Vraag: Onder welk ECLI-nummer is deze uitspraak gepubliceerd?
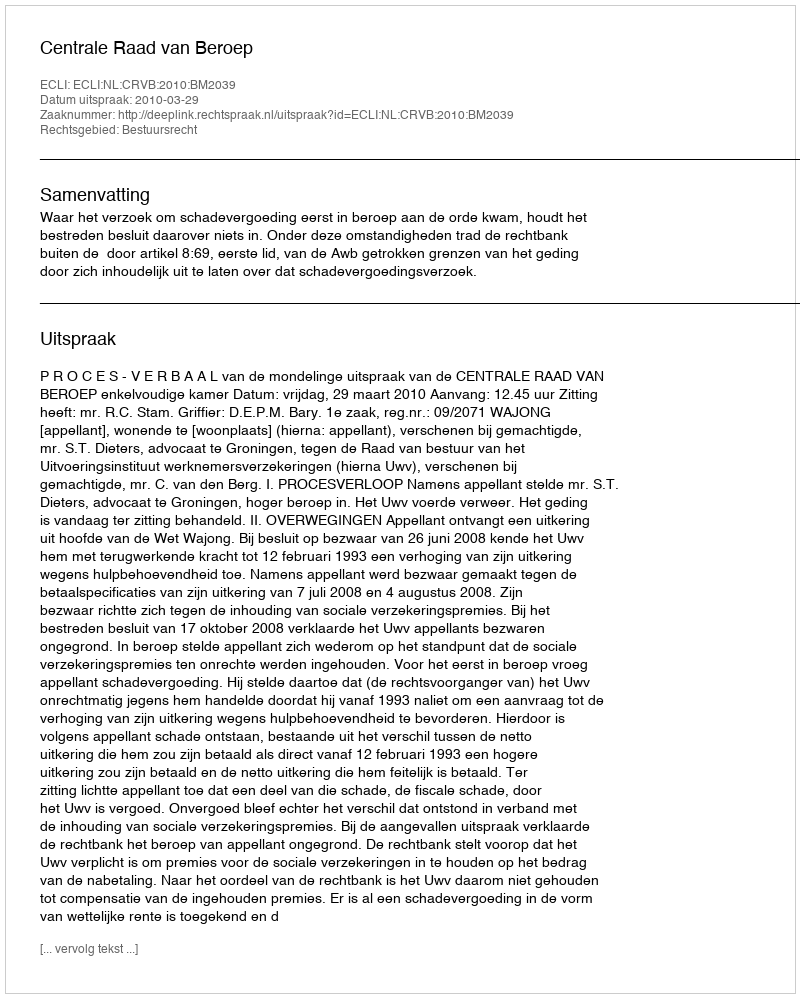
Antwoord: ECLI:NL:CRVB:2010:BM2039